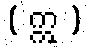
( ဣ )